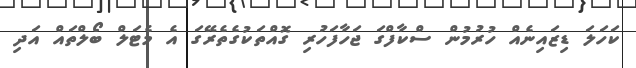
ކަހަލަ ޑިޒައިނެއް ހުރުމުން ސްކާފްގަ ޖަހާފަހުރި ގޮއްތަކުގެތެރޭގަ އެ މެޓަލް ބޯލްތައް އަދި